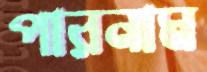
পারনাম